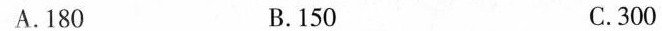
A.180 B.150 C.300